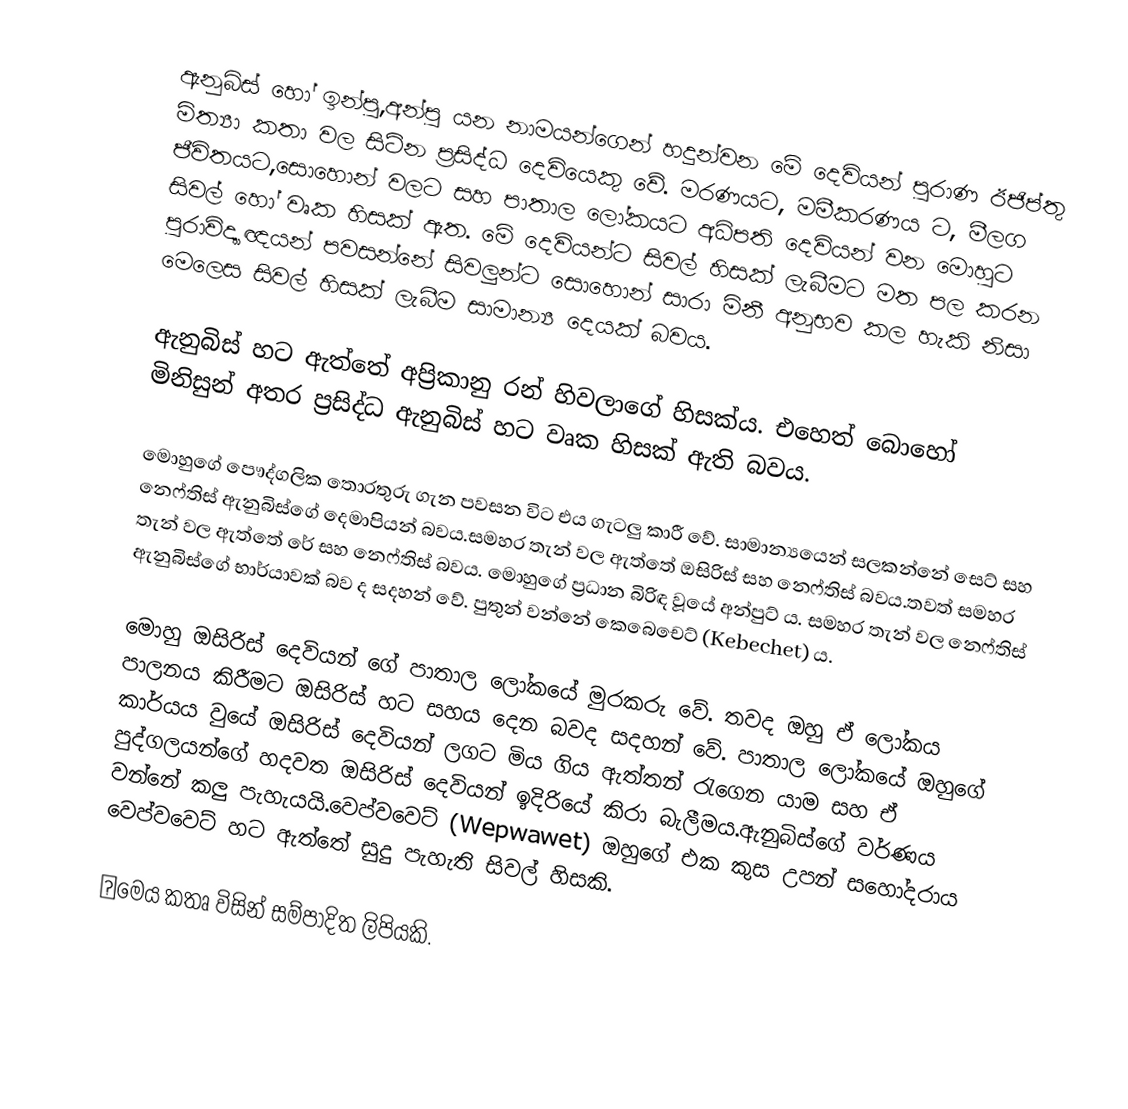
ඇනුබිස් හෝ ඉන්පු,අන්පු යන නාමයන්ගෙන් හදුන්වන මේ දෙවියන් පුරාණ ඊජිප්තු මිත්‍යා කතා වල සිටින ප්‍රසිද්ධ දෙවියෙකු වේ. මරණයට, මමීකරණය ට, මීලග ජීවිතයට,සොහොන් වලට සහ පාතාල ලෝකයට අධිපති දෙවියන් වන මොහුට සිවල් හෝ වෘක හිසක් ඇත. මේ දෙවියන්ට සිවල් හිසක් ලැබීමට මත පල කරන පුරාවිද්‍යාඥයන් පවසන්නේ සිවලුන්ට සොහොන් සාරා මිනී අනුභව කල හැකි නිසා මෙලෙස සිවල් හිසක් ලැබීම සාමාන්‍ය දෙයක් බවය.

ඇනුබිස් හට ඇත්තේ අප්‍රිකානු රන් හිවලාගේ හිසක්ය. එහෙත් බොහෝ මිනිසුන් අතර ප්‍රසිද්ධ ඇනුබිස් හට වෘක හිසක් ඇති බවය.

මොහුගේ පෞද්ගලික තොරතුරු ගැන පවසන විට එය ගැටලු කාරී වේ. සාමාන්‍යයෙන් සලකන්නේ සෙට් සහ නෙෆ්තිස් ඇනුබිස්ගේ දෙමාපියන් බවය.සමහර තැන් වල ඇත්තේ ඔසිරිස් සහ නෙෆ්තිස් බවය.තවත් සමහර තැන් වල ඇත්තේ රේ සහ නෙෆ්තිස් බවය. මොහුගේ ප්‍රධාන බිරිඳ වූයේ අන්පුට් ය. සමහර තැන් වල නෙෆ්තිස් ඇනුබිස්ගේ භාර්යාවක් බව ද සදහන් වේ. පුතුන් වන්නේ කෙබෙචෙට් (Kebechet) ය.

මොහු ඔසිරිස් දෙවියන් ගේ පාතාල ලෝකයේ මුරකරු වේ. තවද ඔහු ඒ ලෝකය පාලනය කිරීමට ඔසිරිස් හට සහය දෙන බවද සදහන් වේ. පාතාල ලෝකයේ ඔහුගේ කාර්යය වුයේ ඔසිරිස් දෙවියන් ලගට මිය ගිය ඇත්තන් රැගෙන යාම සහ ඒ පුද්ගලයන්ගේ හදවත ඔසිරිස් දෙවියන් ඉදිරියේ කිරා බැලීමය.ඇනුබිස්ගේ වර්ණය වන්නේ කලු පැහැයයි.වෙප්වවෙට් (Wepwawet) ඔහුගේ එක කුස උපන් සහෝදරාය වෙප්වවෙට් හට ඇත්තේ සුදු පැහැති සිවල් හිසකි.   

●මෙය කතෘ විසින් සම්පාදිත ලිපියකි.